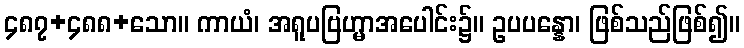
၄၈၇+၄၈၈+သော။ ကာယံ၊ အရူပဗြဟ္မာအပေါင်း၌။ ဥပပန္နော၊ ဖြစ်သည်ဖြစ်၍။